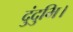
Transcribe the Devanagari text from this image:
दुंदुभि।